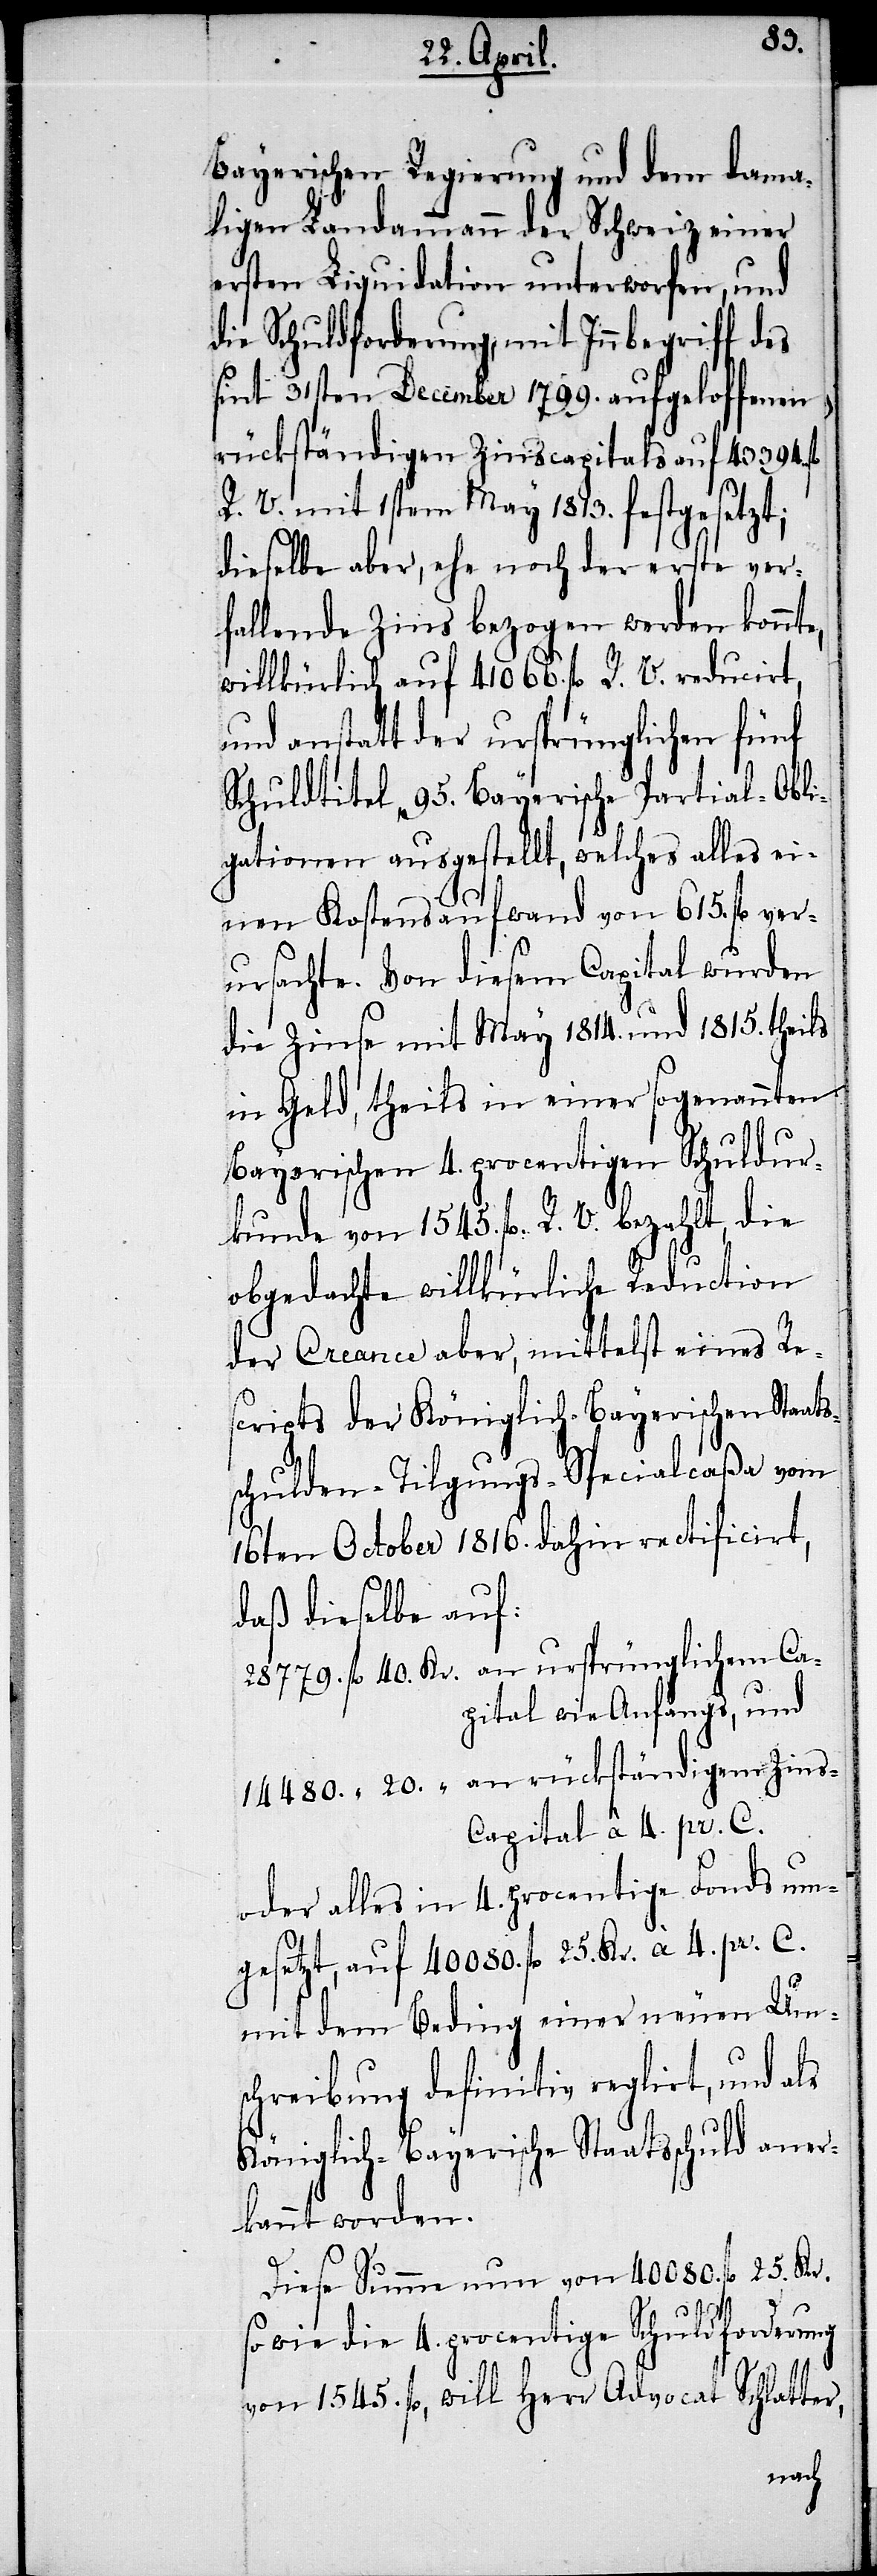
ss¬
Bayerischen Regierung und dem dama¬
ligen Landammann der Schweiz einer
ersten Liquidation unterworfen, und
die Schuldforderung, mit Innbegriff des
sint 31sten December 1799. aufgeloffenen,
rückständigen Zinscapitals auf 43 394.
R. V. mit 1stem May 1813. festgesetzt;
dieselbe aber, ehe noch der erste ver¬
fallende Zins bezogen werden konnte,
willkürlich auf 41 066 fl. R. V. reducirt,
und anstatt der ursprünglichen fünf
Schuldtitel 95. Bayerische Partial-Obli¬
gationen ausgestellt, welches alles ei¬
nen Kostensaufwand von 615. fl. ver¬
ursachte. Von diesem Capital wurden
die Zinse mit May 1814. und 1815. theils
in Geld, theils in einer sogenannten
Bayerischen 4. procentigen Schuldur¬
kunde von 1545. fl. R. V. bezahlt, die
obgedachte willkürliche Reduction
der Creance aber, mittelst eines Res¬
cripts der Königlich-Bayerischen Staat¬
chulden-Tilgungs-Specialcaßa vom
16ten October 1816. dahin ratificirt,
daß dieselbe auf:
28 779. fl. 40. Kr. an ursprünglichem Ca¬
pital wie Anfangs, und
14 480. " 20. " an rückständigem Zin¬
s-Capital à 4. pr. C.
oder alles in 4. procentige Fonds um¬
gesetzt, auf 40 080. fl. 25. Kr. à 4. pr. C.
mit dem Beding einer neuen Ums¬
chreibung definitiv reglirt, und als
Königlich-Bayerische Staatsschuld aner¬
kannt worden.
Diese Summe nun von 40 080. fl. 25. Kr.
so wie die 4. procentige Schuldforderung
von 1545. fl., will Herr Advocat Schlatter,